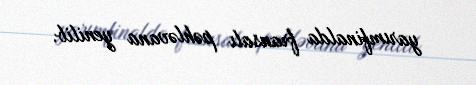
yarımfinalda fransalı pəhləvana yenilib.